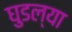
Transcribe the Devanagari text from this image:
घुडल्या